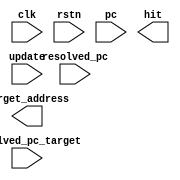
// branch_target_buffer.v

/* The branch target buffer (BTB) stores the branch target address for
 * a branch PC. Our BTB is essentially a direct-mapped cache.
 */

module branch_target_buffer #(
  parameter DATA_WIDTH = 32,
  parameter NUM_ENTRIES = 256
) (
  input clk,
  input rstn,

  // update interface
  input update,                              // when 'update' is true, we update the BTB entry
  input [DATA_WIDTH-1:0] resolved_pc,
  input [DATA_WIDTH-1:0] resolved_pc_target,

  // access interface
  input [DATA_WIDTH-1:0] pc,

  output reg hit,
  output reg [DATA_WIDTH-1:0] target_address
);

// TODO: Implement BTB

endmodule